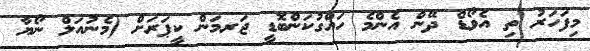
މިފަހަރު ތި އެވޯޑް ދޭން އެންމެ ހައްގުކަންބޮޑީ ޖަރމަން ކީޕަރަށް (މެނުއަލް ނޯޔާ